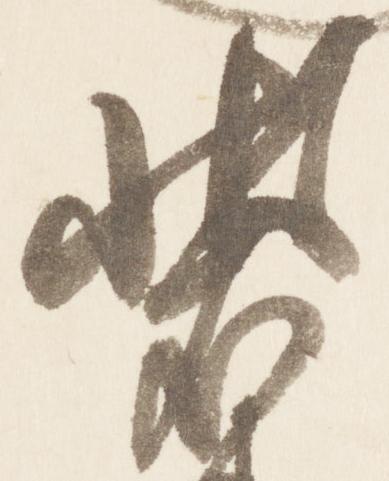
装